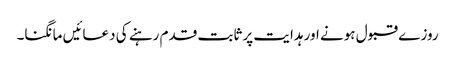
روز ے قبول ہونے اور ہدایت پر ثابت قدم رہنے کی دعائیں مانگنا۔